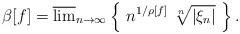
LaTeX: \begin{align*} \beta[f] = \overline{\lim}_{n \to \infty} \left\{ \ n^{1/\rho[f]} \ \sqrt[n]{| \xi_n|} \ \right\}.\end{align*}